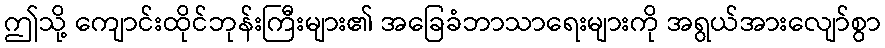
ဤသို့ ကျောင်းထိုင်ဘုန်းကြီးများ၏ အခြေခံဘာသာရေးများကို အရွယ်အားလျော်စွာ